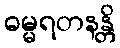
ဓမ္မရတနန္တိ